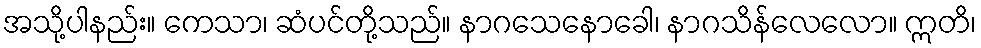
အသို့ပါနည်း။ ကေသာ၊ ဆံပင်တို့သည်။ နာဂသေနောခေါ၊ နာဂသိန်လေလော။ ဣတိ၊